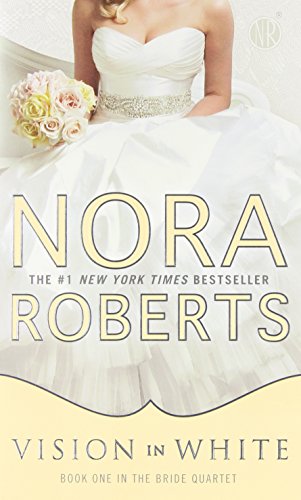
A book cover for Vision In White (Bride Quartet, Book 1); Nora Roberts; Literature & Fiction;